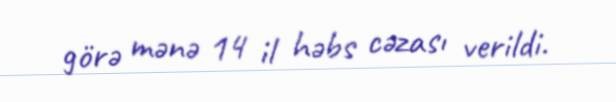
görə mənə 14 il həbs cəzası verildi.